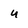
Character: u